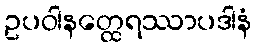
ဥပဝါနတ္ထေရဿာပဒါနံ